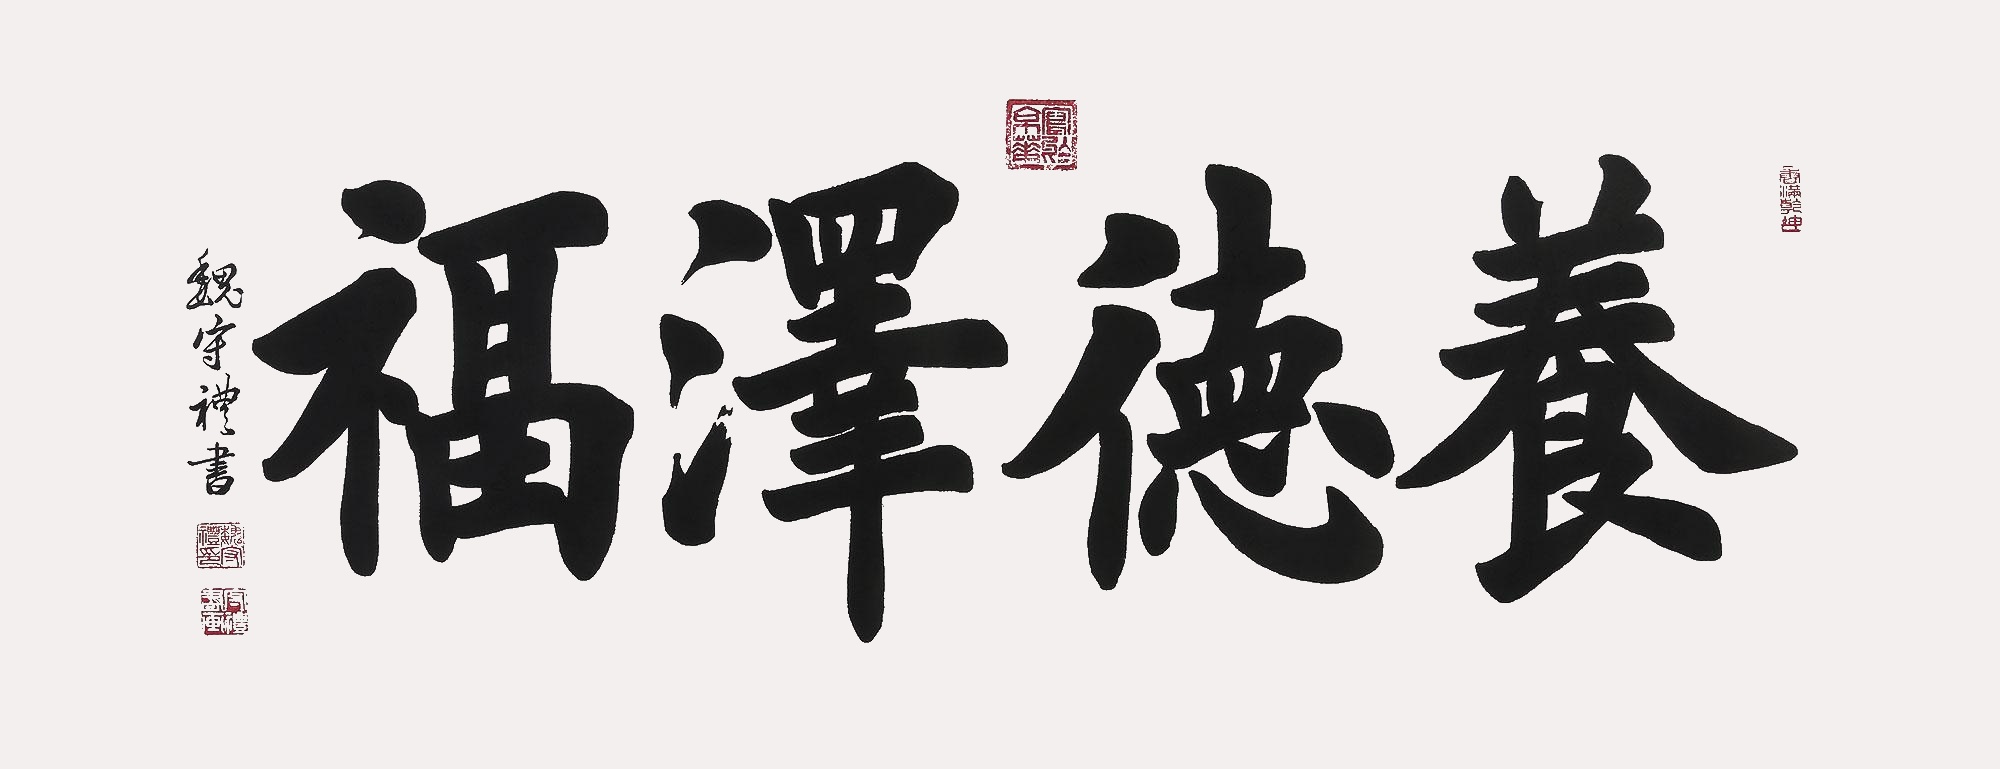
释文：养德泽福魏守礼书